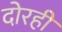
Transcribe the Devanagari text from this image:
दोरही